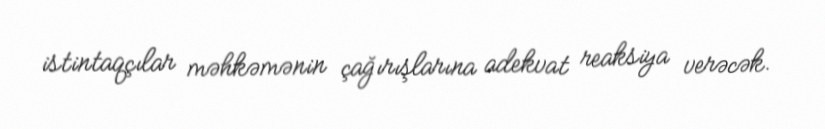
istintaqçılar məhkəmənin çağırışlarına adekvat reaksiya verəcək.